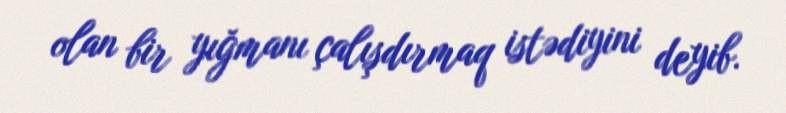
olan bir yığmanı çalışdırmaq istədiyini deyib.